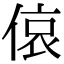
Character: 偯